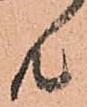
共